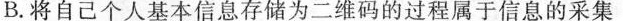
B. 将自己个人基本信息存储为二维码的过程属于信息的采集